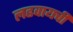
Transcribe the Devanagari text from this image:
लढवायची